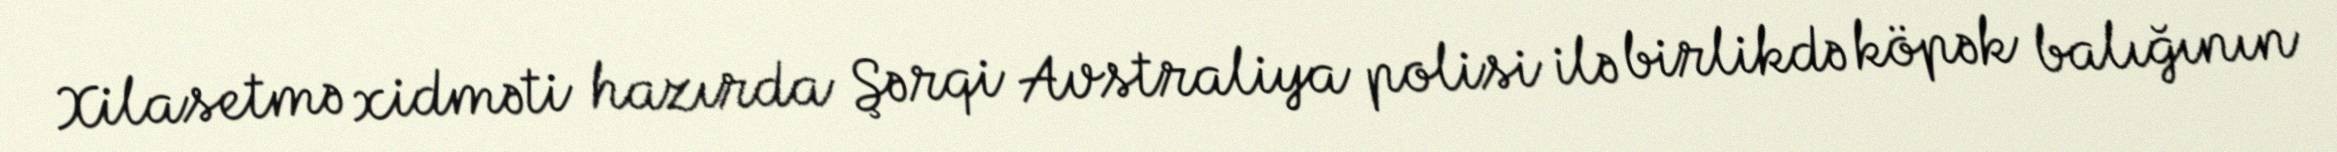
Xilasetmə xidməti hazırda Şərqi Avstraliya polisi ilə birlikdə köpək balığının